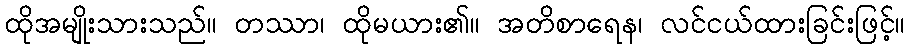
ထိုအမျိုးသားသည်။ တဿာ၊ ထိုမယား၏။ အတိစာရေန၊ လင်ငယ်ထားခြင်းဖြင့်။